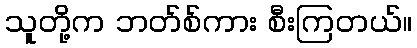
သူတို့က ဘတ်စ်ကား စီးကြတယ်။